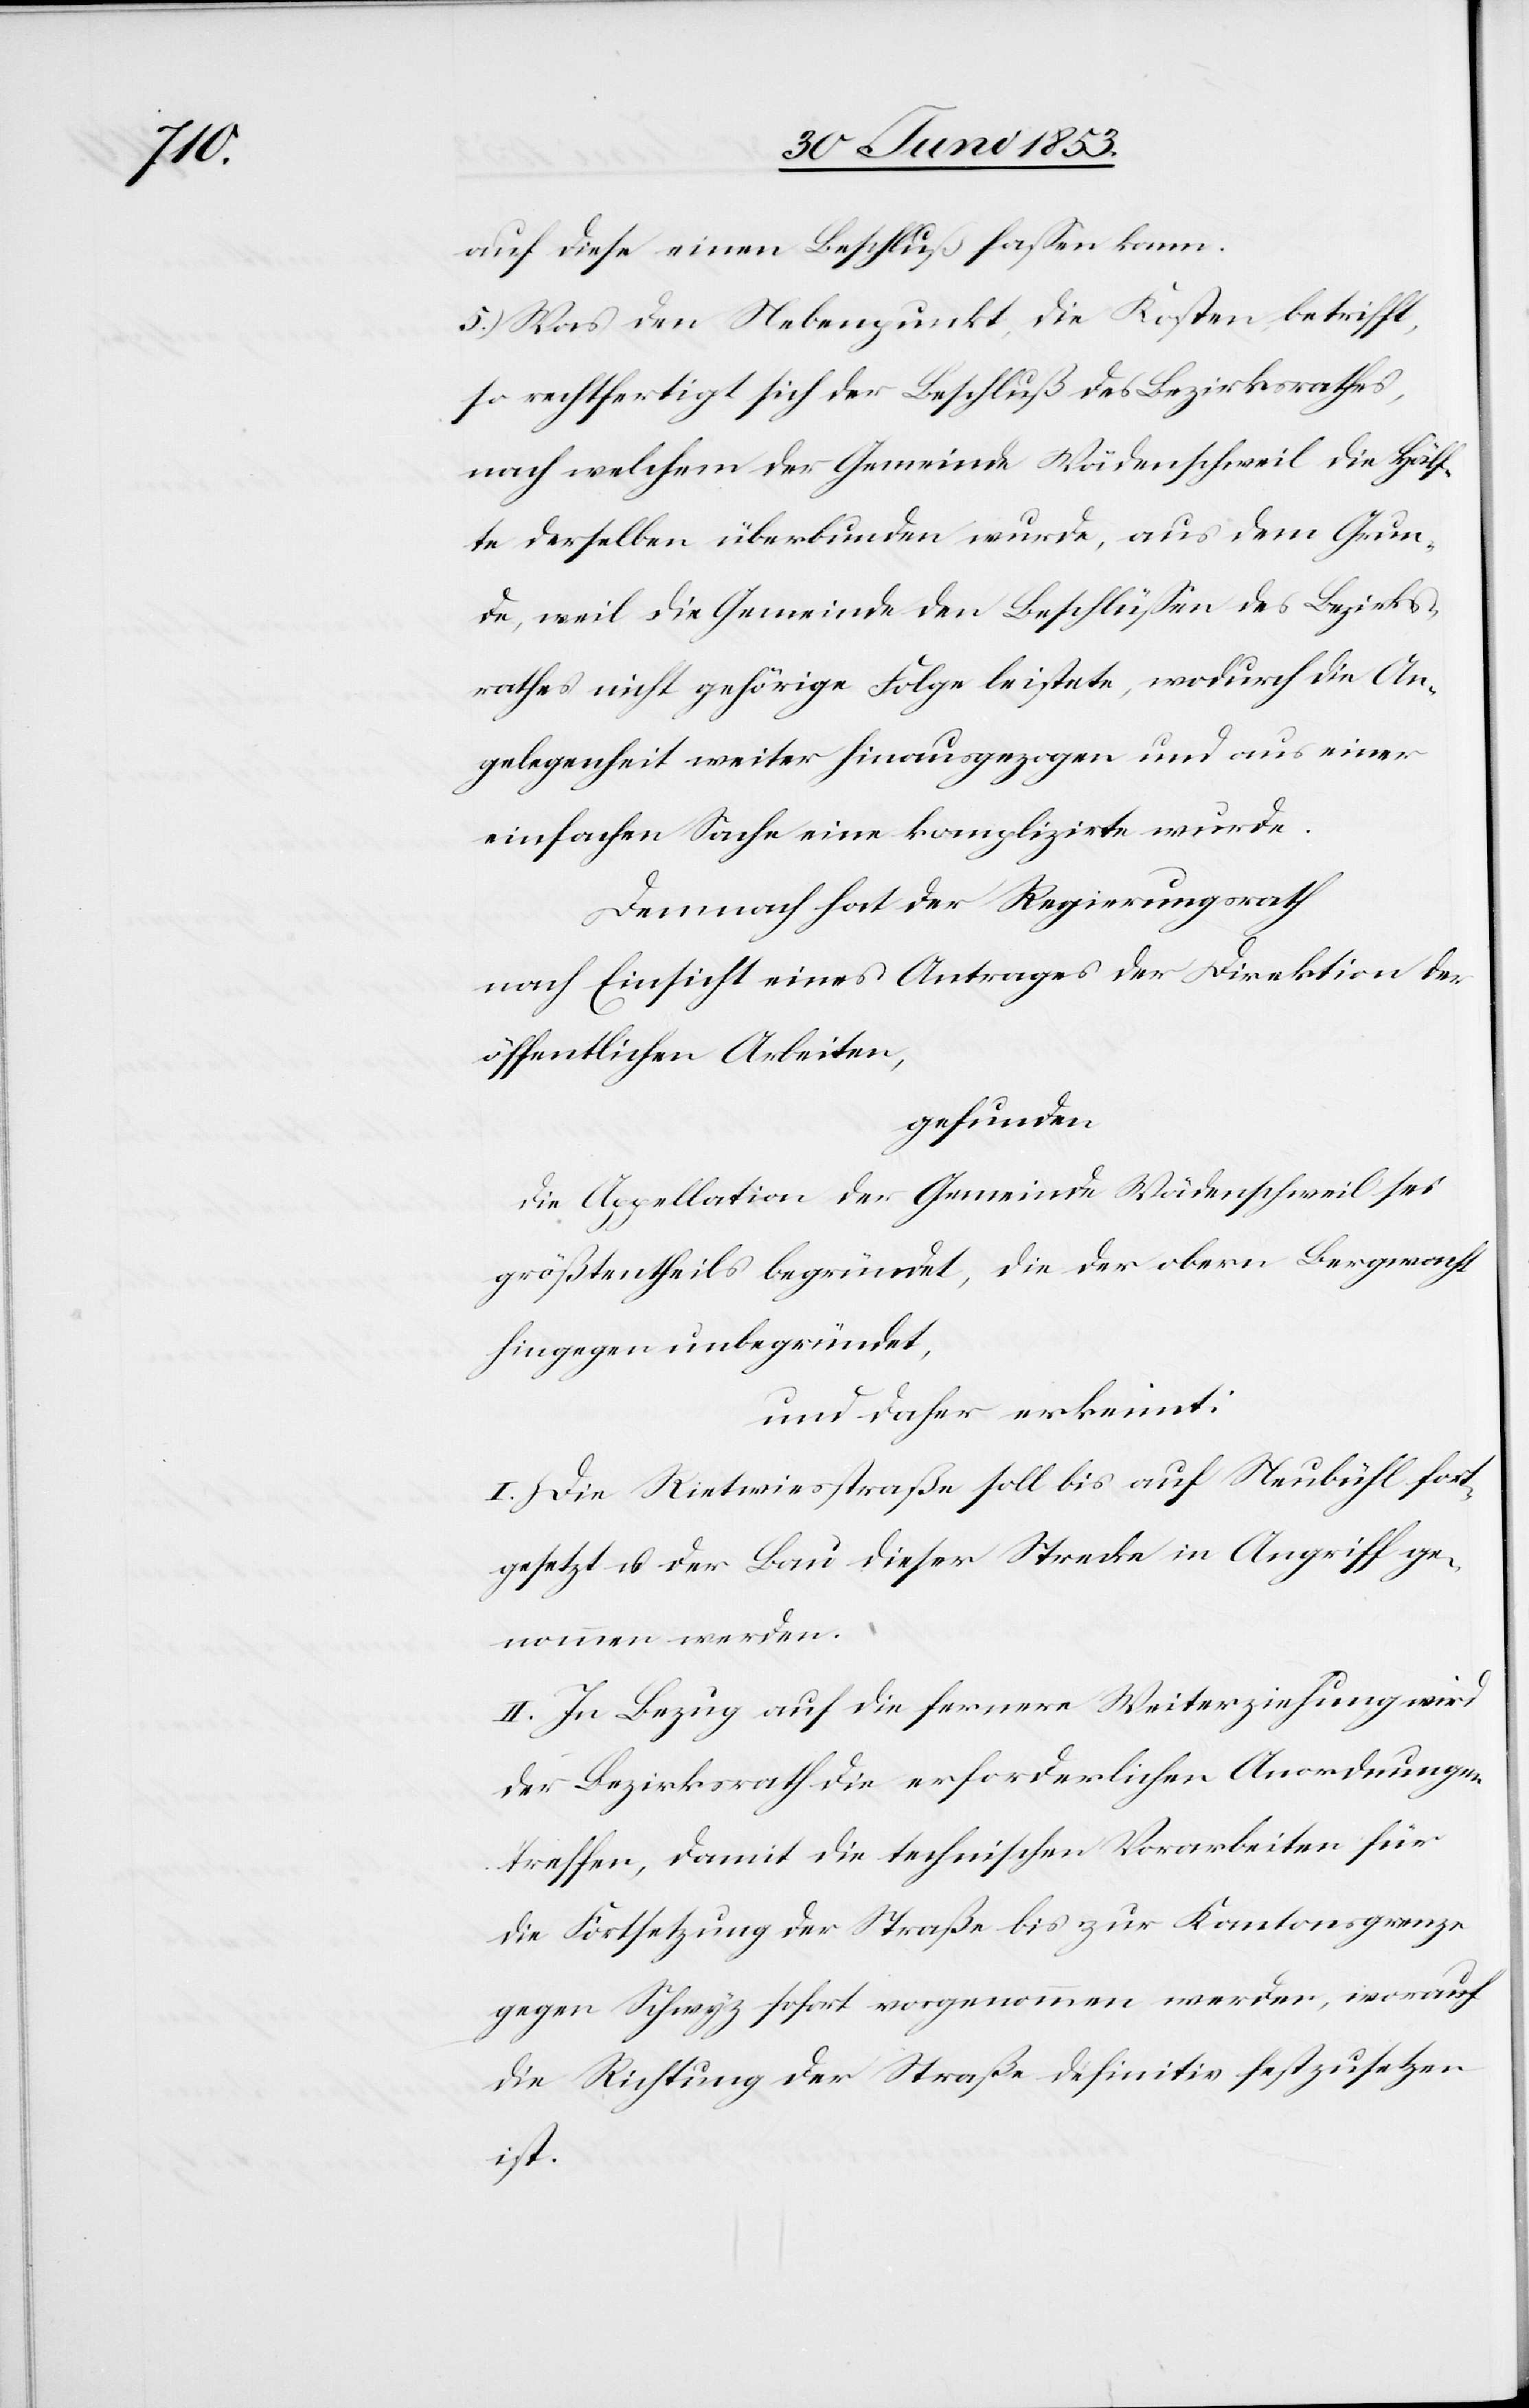
auf diese einen Beschluß faßen kann.
5.) Was den Nebenpunkt, die Kosten betrifft,
so rechtfertigt sich der Beschluß des Bezirksrathes,
nach welchem der Gemeinde Wädenschweil die Hälf¬
te derselben überbunden wurde, aus dem Grun¬
de, weil die Gemeinde den Beschlüßen des Bezirks¬
rathes nicht gehörige Folge leistete, wodurch die An¬
gelegenheit weiter hinausgezogen und aus einer
einfachen Sache eine komplizirte wurde.
Demnach hat der Regierungsrath
nach Einsicht eines Antrages der Direktion der
öffentlichen Arbeiten,
gefunden
die Appellation der Gemeinde Wädenschweil sei
größtentheils begründet, die der obern Bergwacht
hingegen unbegründet,
und daher erkennt:
I. Die Rietwiesstraße soll bis auf Neubühl fort¬
gesetzt u. der Bau dieser Strecke in Angriff ge¬
nommen werden.
II. In Bezug auf die fernere Weiterziehung wird
der Bezirksrath die erforderlichen Anordnungen
treffen, damit die technischen Vorarbeiten für
die Fortsetzung der Straße bis zur Kantonsgrenze
gegen Schwyz sofort vorgenommen werden, worauf
die Richtung der Straße definitiv festzusetzen
ist.